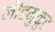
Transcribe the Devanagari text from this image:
लौहमुकुट